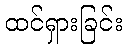
ထင်ရှားခြင်း